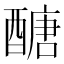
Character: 醣